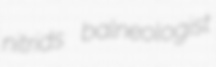
nitrids balneologist